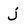
Character: j